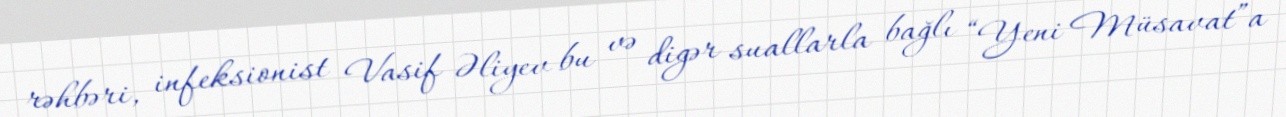
rəhbəri, infeksionist Vasif Əliyev bu və digər suallarla bağlı “Yeni Müsavat”a